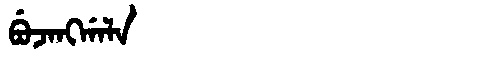
Manchu: ᠪᡠᠵᠠᠩᡤᠠᠯᠠ
Romanization: BUJANGGALA